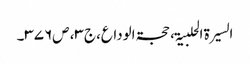
السیرۃ الحلبیۃ، حجۃالوداع،ج۳، ص۳۷۶۔